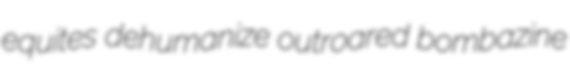
equites dehumanize outroared bombazine